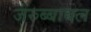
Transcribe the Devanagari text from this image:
जेरुब्बाबल